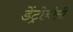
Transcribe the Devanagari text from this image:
डेंट्रोनोमी